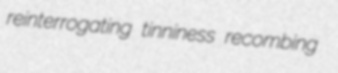
reinterrogating tinniness recombing